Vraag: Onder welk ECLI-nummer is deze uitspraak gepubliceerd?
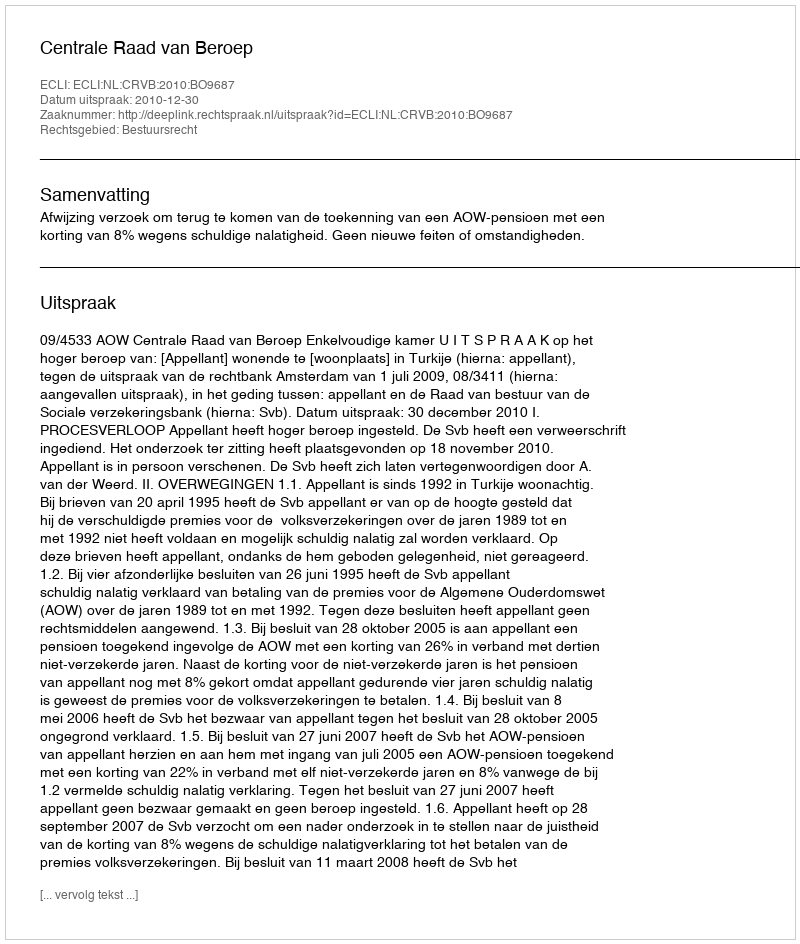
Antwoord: ECLI:NL:CRVB:2010:BO9687